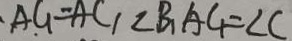
A G = A C 1 \angle B _ { 1 } A C _ { 1 } = \angle C